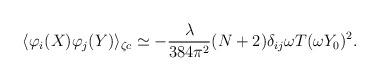
LaTeX: \begin{align*}\langle \varphi_i (X) \varphi_j (Y) \rangle_{\zeta c} \simeq - \frac{\lambda}{384 \pi^2} (N + 2) \delta_{i j} \omega T (\omega Y_0)^2 .\end{align*}